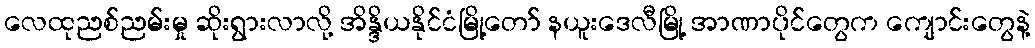
လေထုညစ်ညမ်းမှု ဆိုးရွားလာလို့ အိန္ဒိယနိုင်ငံမြို့တော် နယူးဒေလီမြို့ အာဏာပိုင်တွေက ကျောင်းတွေနဲ့